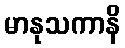
မာနုသကာနိ